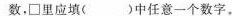
数，\Box 里应填（）中任意一个数字。